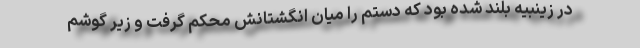
در زینبیه بلند شده بود که دستم را میان انگشتانش محکم گرفت و زیر گوشم